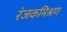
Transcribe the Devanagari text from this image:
रंजकमिश्रण